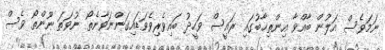
ނަމަވެސް އަލުން ބާއްވާ އިންތިޚާބުގައި ރައީސް ވަހީދު ބައިވެރިވެވަޑައިގަންނަވާނެތޯ ނުވަތަ ނޫންތޯ ވެސް